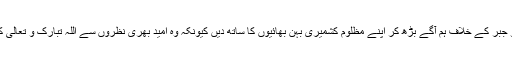
ضرورت اس امر کی ہے کہ بھارت کے ظلم و جبر کے خلاف ہم آگے بڑھ کر اپنے مظلوم کشمیری بہن بھائیوں کا ساتھ دیں کیونکہ وہ امید بھری نظروں سے اللہ تبارک و تعالیٰ کے بعد صرف ہماری ہی طرف دیکھ رہے ہیں۔